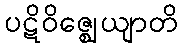
ပဋိဝိဇ္ဈေယျာတိ